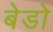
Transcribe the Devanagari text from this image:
बेडो